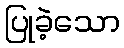
ပြုခဲ့သော